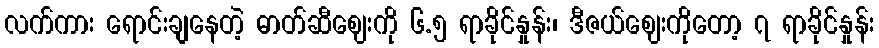
လက်ကား ရောင်းချနေတဲ့ ဓာတ်ဆီဈေးကို ၆.၅ ရာခိုင်နှုန်း၊ ဒီဇယ်ဈေးကိုတော့ ၇ ရာခိုင်နှုန်း